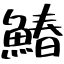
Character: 鰆